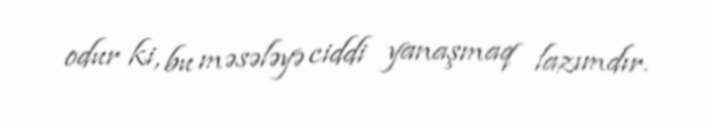
odur ki, bu məsələyə ciddi yanaşmaq lazımdır.